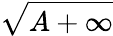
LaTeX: \sqrt{A+\infty}